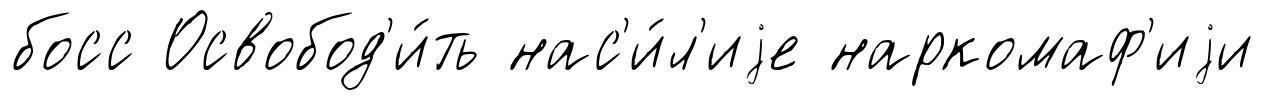
босс Освобод'и́ть нас'и́л'иjе наркомаф'иjи